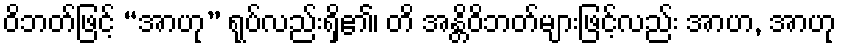
ဝိဘတ်ဖြင့် “အာဟု” ရုပ်လည်းရှိ၏၊ တိ အန္တိဝိဘတ်များဖြင့်လည်း အာဟ, အာဟု